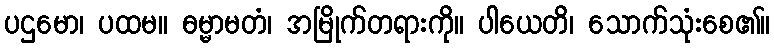
ပဌမော၊ ပထမ။ ဓမ္မာမတံ၊ အမြိုက်တရားကို။ ပါယေတိ၊ သောက်သုံးစေ၏။